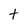
Character: t